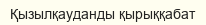
Қызылқауданды қырыққабат